Vaccination in Bombay 1913-1923 - 1913-1923
Year: 1913
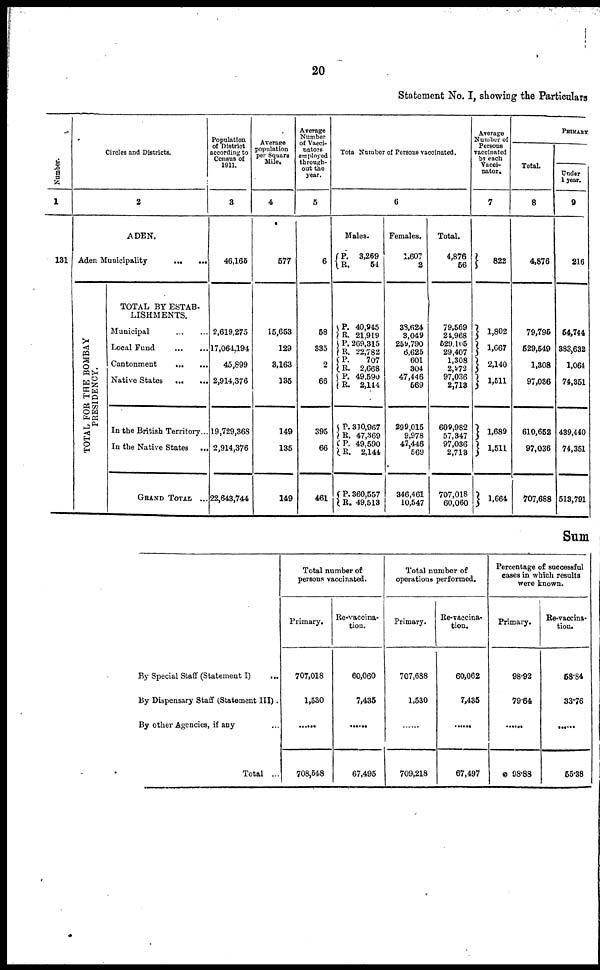
20
Statement No. I, showing the Particulars
Number.
1
131
Circles and Districts.
2
ADEN.
Aden Municipality
...
...
TOTAL FOR THE BOMBAY
PRESIDENCY.
TOTAL BY ESTAB-
LISHMENTS.
Municipal
...
...
Local Fund
...
...
Cantonment
...
...
Native States
...
...
In the British Territory...
In the Native States
...
GRAND TOTAL ...
Population
of District
according to
Census of
1911.
3
46,165
2,619,275
17,064,194
45,899
2,914,376
19,729,368
2,914,376
22,643,744
Average
population
per Square
Mile.
4
577
15,653
129
3,163
135
149
135
149
Average
Number
of Vacci-
nators
employed
through-
out the
year.
5
6
58
335
2
66
395
66
461
Tota Number of Persons vaccinated.
6
Males.
P.
R.
P.
R.
P.
R.
P.
R.
P.
R.
P.
R. P.
R.
P.
R.
3,269
54
40,945
21,919
269,315
22,782
707
2,668
49,590
2,144
310,967
47,369
49,590
2,144
360,557
49,513
Females.
1,607
2
38,624
3,049
259,790
6,625
601
304
47,446
569
299,015
9,978
47,446
569
346,461
10,547
Total.
4,876
56
79,569
24,968
529,105
29,407
1,308
2,972
97,036
2,713
609,982
57,347
97,036
2,713
707,018
60,060
Average
Number of
Persons
vaccinated
by each
Vacci-
nator.
7
822
1,802
1,667
2,140
1,511
1,689
1,511
1,664
PRIMARY
Total.
8
4,876
79,795
529,549
1,308
97,036
610,652
97,036
707,688
Under
1 year.
9
216
54,744
383,632
1,064
74,351
439,440
74,351
513,791
Sum
By Special Staff (Statement I) ...
By Dispensary Staff (Statement III) .
By other Agencies, if any ...
Total ...
Total number of
persons vaccinated.
Primary.
707,018
1,530
......
708,548
Re-vaccina-
tion.
60,060
7,435
......
67,495
Total number of
operations performed.
Primary.
707,688
1,530
......
709,218
Re-vaccina-
tion.
60,062
7,435
......
67,497
Percentage of successful
cases in which results
were known.
Primary.
98.92
79.64
......
98.88
Re-vaccina-
tion.
58.84
33.76
......
55.38